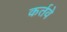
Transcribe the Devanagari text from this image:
कर्तवे